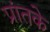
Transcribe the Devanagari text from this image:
प्रांतके